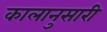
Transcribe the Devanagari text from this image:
कालानुसारी